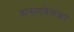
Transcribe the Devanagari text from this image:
ध्रासणवेलका